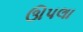
ઊપલા